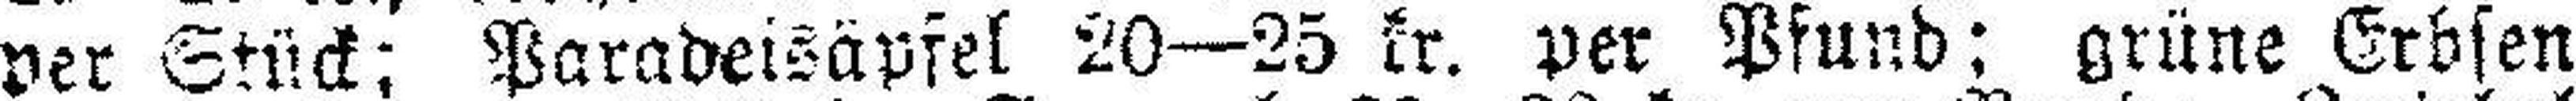
per Stück; Paradeisäpfel 20—25 kr. per Pfund; grüne Erbsen